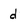
Character: d